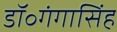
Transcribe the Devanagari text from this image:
डॉ॰गंगासिंह